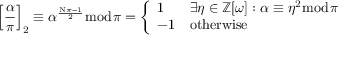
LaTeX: \left[ { \frac { \alpha } { \pi } } \right] _ { 2 } \equiv \alpha ^ { \frac { \mathrm { N } \pi - 1 } { 2 } } { \bmod { \pi } } = { \left\{ \begin{array} { l l } { 1 } & { \exists \eta \in \mathbb { Z } [ \omega ] : \alpha \equiv \eta ^ { 2 } { \bmod { \pi } } } \\ { - 1 } & { { \mathrm { o t h e r w i s e } } } \end{array} \right. }